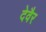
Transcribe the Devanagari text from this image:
देवैर